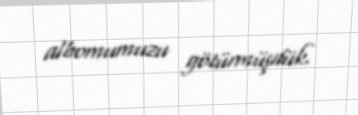
albomumuzu götürmüşdük.